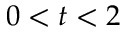
0 < t < 2